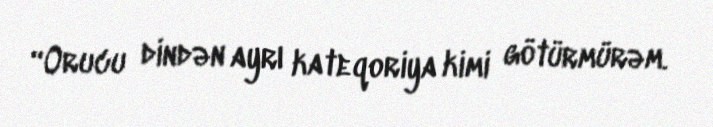
“Orucu dindən ayrı kateqoriya kimi götürmürəm.